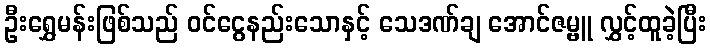
ဦးရွှေမန်းဖြစ်သည် ဝင်ငွေနည်းသောနှင့် သေဒဏ်ချ အောင်ဇမ္ဗူ လွှင့်ထူခဲ့ပြီး